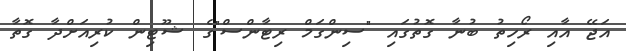
އަޖޭ އާއި ރޯހިތު ބުނާ ގޮތުގައި "ސިންގަމް ރިޓާންސް"ގެ ޝޫޓިން ކުރިއަށްދާ ގޮތާ